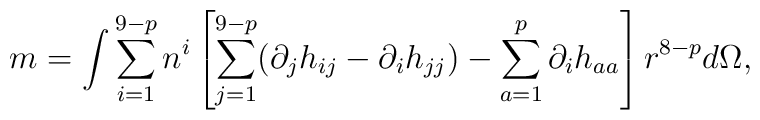
m = \int \sum_{i=1}^{9-p} n^i\left[\sum_{j=1}^{9-p} (\partial_j h_{i j} - \partial_i h_{j j}  ) - \sum_{a=1}^p \partial_i h_{aa} \right] r^{8 - p} d\Omega,